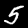
Digit: 5